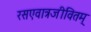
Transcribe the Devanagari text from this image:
रसएवात्रजीवितम्